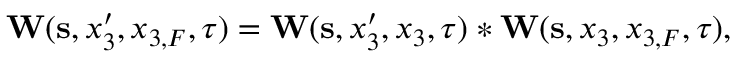
\begin{array} { r } { { \bf W } ( { \bf s } , x _ { 3 } ^ { \prime } , x _ { 3 , F } , \tau ) = { \bf W } ( { \bf s } , x _ { 3 } ^ { \prime } , x _ { 3 } , \tau ) * { \bf W } ( { \bf s } , x _ { 3 } , x _ { 3 , F } , \tau ) , } \end{array}